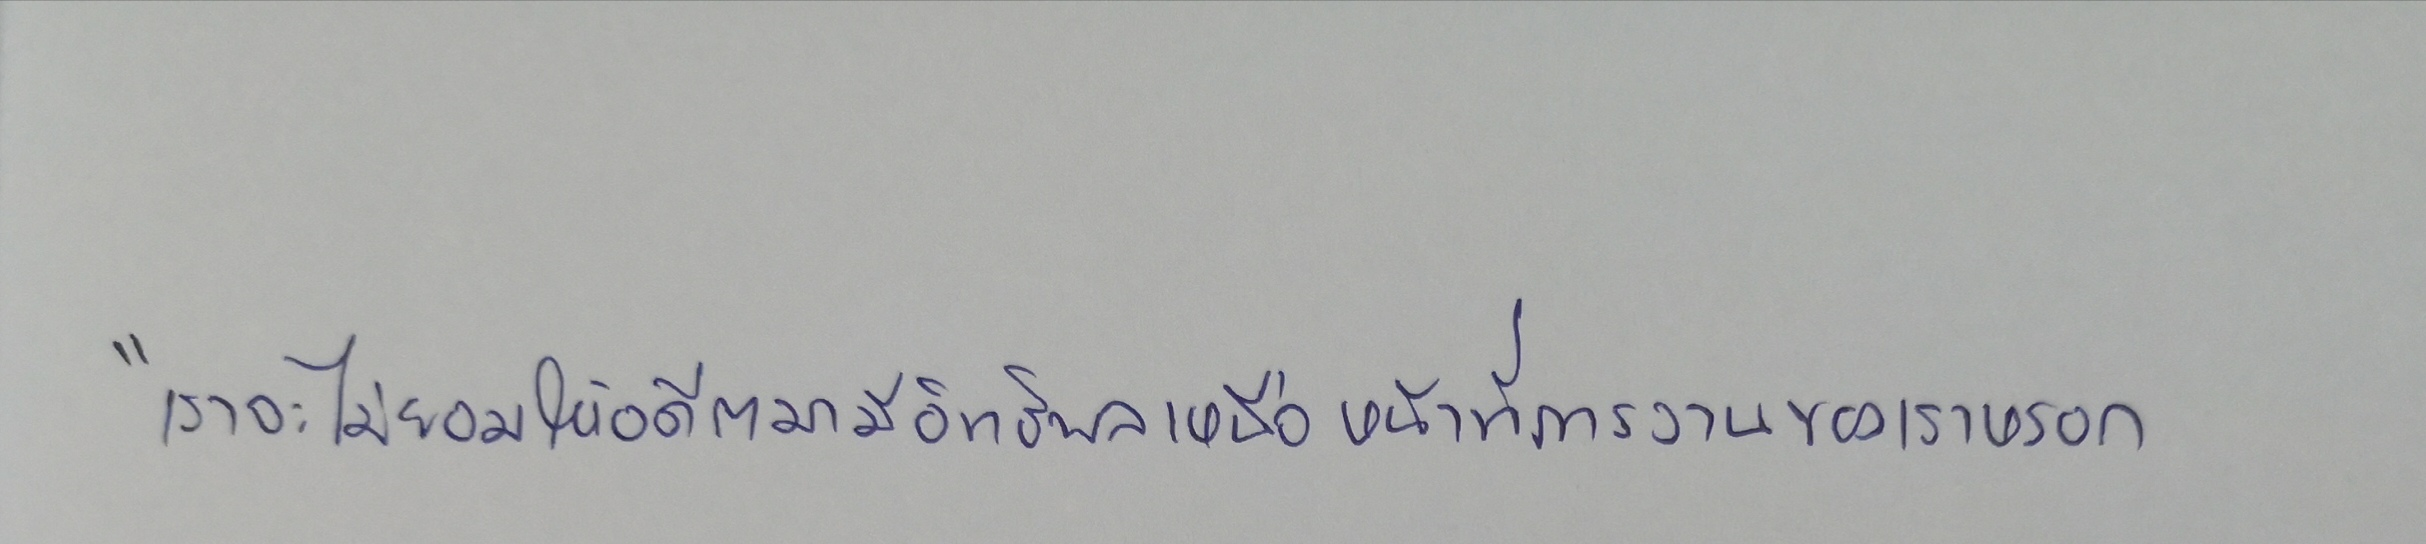
"เราจะไม่ยอมให้อดีตมามีอิทธิพลเหนือหน้าที่การงานของเราหรอก